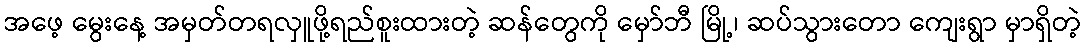
အဖေ့ မွေးနေ့ အမှတ်တရလှူဖို့ရည်စူးထားတဲ့ ဆန်တွေကို မှော်ဘီ မြို့၊ ဆပ်သွားတော ကျေးရွာ မှာရှိတဲ့